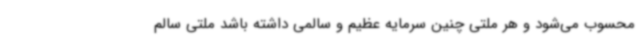
محسوب می‌شود و هر ملتی چنین سرمایه عظیم و سالمی داشته باشد ملتی سالم